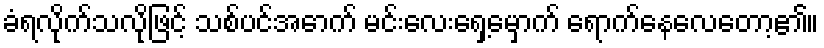
ခံရလိုက်သလိုဖြင့် သစ်ပင်အောက် မင်းလေးရှေ့မှောက် ရောက်နေလေတော့၏။